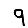
Digit: 9